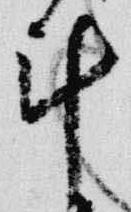
計